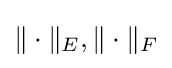
\|\cdot \|_{E},\|\cdot \|_{F}